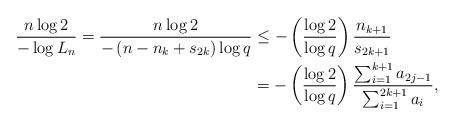
LaTeX: \begin{align*} \frac{n\log 2}{-\log L_{n}} = \frac{n \log 2}{-\left(n-n_{k}+s_{2k}\right)\log q} &\leq -\left(\frac{\log 2}{\log q}\right)\frac{n_{k+1}}{s_{2k+1}}\\ &= -\left(\frac{\log 2}{\log q}\right)\frac{\sum_{i=1}^{k+1}a_{2j-1}}{\sum_{i=1}^{2k+1}a_{i}}, \end{align*}